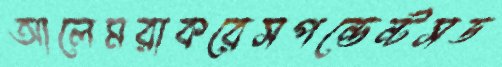
আলেমরাকরেসপন্ডেন্টসড